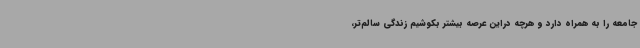
جامعه را به همراه دارد و هرچه دراین عرصه بیشتر بکوشیم زندگی سالم‌تر،